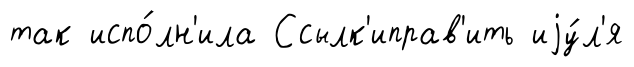
так испо́лн'ила Ссылк'иправ'ить иjу́л'я